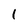
Character: l